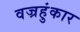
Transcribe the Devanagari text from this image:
वज्रहुंकार